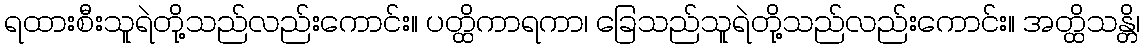
ရထားစီးသူရဲတို့သည်လည်းကောင်း။ ပတ္ထိကာရကာ၊ ခြေသည်သူရဲတို့သည်လည်းကောင်း။ အတ္ထိသန္တိ၊